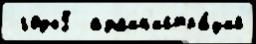
 годы5  адм'ин'истра́ций